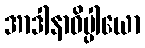
အာဒါနာဓိပ္ပါယော